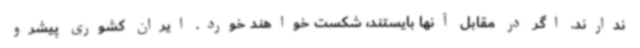
ندارند. اگر در مقابل آنها بایستند، شکست خواهند خورد. ایران کشوری پیشرو